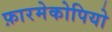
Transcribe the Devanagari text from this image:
फ़ारमेकोपियो